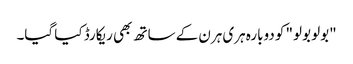
"بولو بولو" کو دوبارہ ہری ہرن کے ساتھ بھی ریکارڈ کیا گیا۔